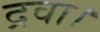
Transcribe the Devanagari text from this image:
द्रवा।